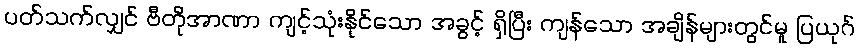
ပတ်သက်လျှင် ဗီတိုအာဏာ ကျင့်သုံးနိုင်သော အခွင့် ရှိပြီး ကျန်သော အချိန်များတွင်မူ ပြယုဂ်